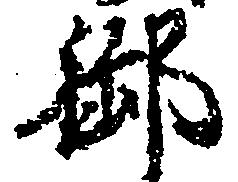
御